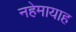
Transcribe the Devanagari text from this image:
नहेमायाह